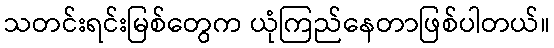
သတင်းရင်းမြစ်တွေက ယုံကြည်နေတာဖြစ်ပါတယ်။